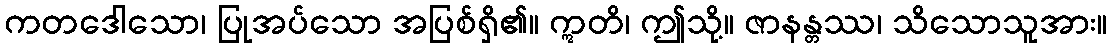
ကတဒေါသော၊ ပြုအပ်သော အပြစ်ရှိ၏။ ဣတိ၊ ဤသို့။ ဇာနန္တဿ၊ သိသောသူအား။